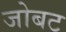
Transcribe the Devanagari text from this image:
जोबट